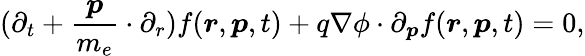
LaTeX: (\partial_{t}+\frac{\boldsymbol{p}}{m_{e}}\cdot\partial_{r})f(\boldsymbol{r},\boldsymbol{p},t)+q\nabla\phi\cdot\partial_{\boldsymbol p}f(\boldsymbol{r},\boldsymbol{p},t)=0,